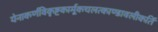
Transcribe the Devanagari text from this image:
येनाकर्णविकृष्टकार्मूकचलत्काण्डावलीकर्ति